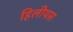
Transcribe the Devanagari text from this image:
हिलीयस